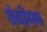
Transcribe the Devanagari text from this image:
छंदोमय